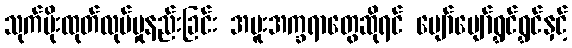
သုက်ပိုးထုတ်လုပ်မှုနည်းခြင်း အပူးအက္ခရာတွေဆိုရင် ပျော်ပျော်ရွှင်ရွှင်နှင့်